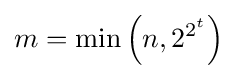
m=\min \left(n,2^{2^{t}}\right)